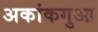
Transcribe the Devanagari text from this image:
अकांकगुआ